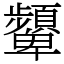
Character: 顰